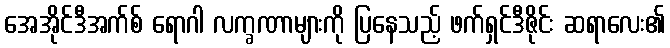
အေအိုင်ဒီအက်စ် ရောဂါ လက္ခဏာများကို ပြနေသည့် ဖက်ရှင်ဒီဇိုင်း ဆရာလေး၏